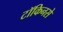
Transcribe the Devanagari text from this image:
टॉकिनसे